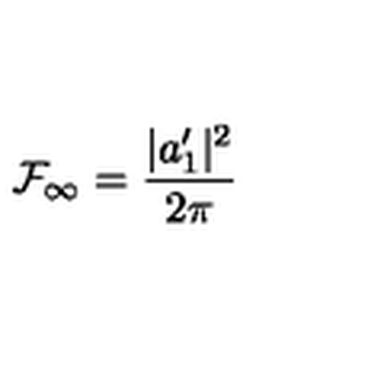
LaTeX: { \cal { F } } _ { \infty } = \frac { | a _ { 1 } ^ { \prime } | ^ { 2 } } { 2 \pi }